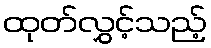
ထုတ်လွှင့်သည့်